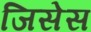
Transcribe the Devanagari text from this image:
जिसेस